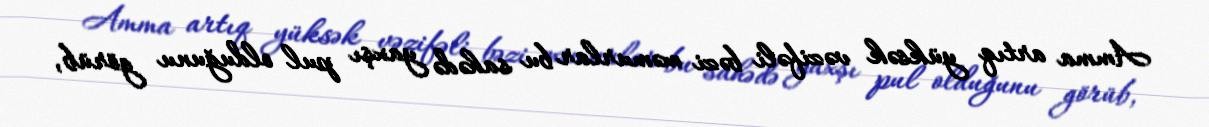
Amma artıq yüksək vəzifəli bəzi məmurlar bu sahədə yaxşı pul olduğunu görüb,